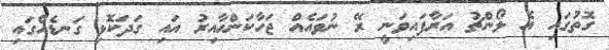
ގޮތުގައި އެ ލޯންޗު އަރާފައިވަނީ ރޭ ނުވައެއް ޖަހާކަންހާއިރު އައި ގަދަކޮޅި ގަނޑެއްގައި